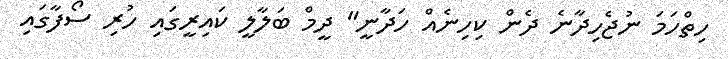
ހިތްހަމަ ނުޖެހިދާނެ ދެން ކިހިނެއް ހަދާނީ" ދީމް ބަލާލީ ކައިރީގައި ހުރި ސޯފާގައި